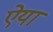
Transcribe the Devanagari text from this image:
ऐया